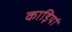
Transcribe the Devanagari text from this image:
काड़ियां